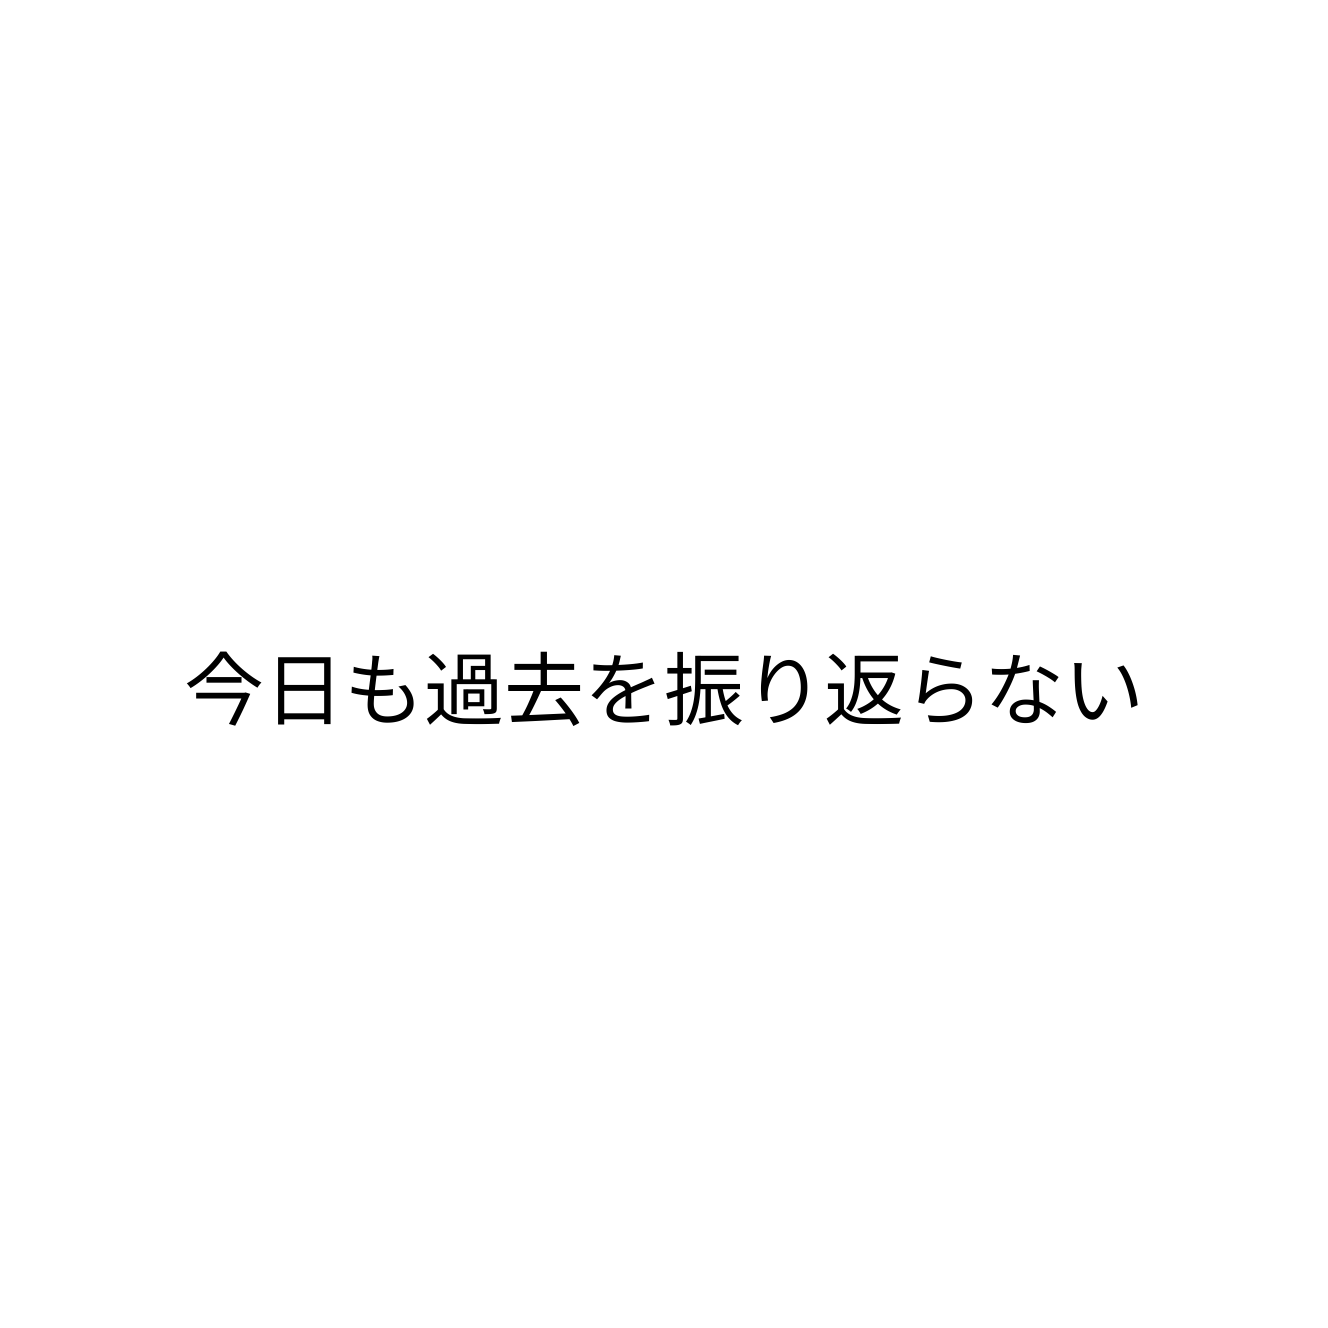
今日も過去を振り返らない